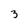
Character: 3